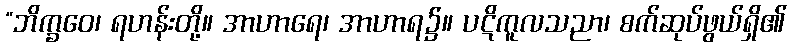
“ဘိက္ခဝေ၊ ရဟန်းတို့။ အာဟာရေ၊ အာဟာရ၌။ ပဋိကူလသညာ၊ စက်ဆုပ်ဖွယ်ရှိ၏